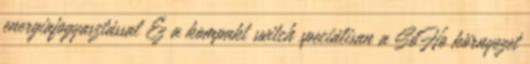
energiafogyasztással Ez a kompakt switch speciálisan a SoHo környezet